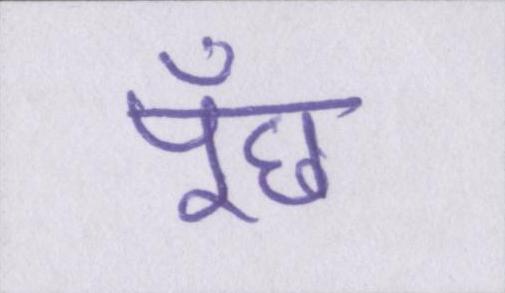
पूँछ